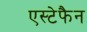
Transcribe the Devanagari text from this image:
एस्टेफैन